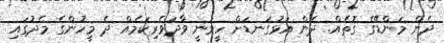
ދެން މަންޑޭގެ ގޮތެއް. ދެން އަޅުގަނޑަށް ހީވަނީ ވާދަވެރިކަމެއް ދެ މީހުންގެ މެދުގައި